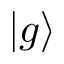
| g \rangle